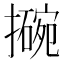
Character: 𫾊